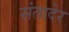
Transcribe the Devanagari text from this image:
संतादेर